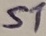
Text: S1